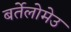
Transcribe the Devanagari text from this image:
बर्तेलोमेउ